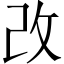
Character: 改